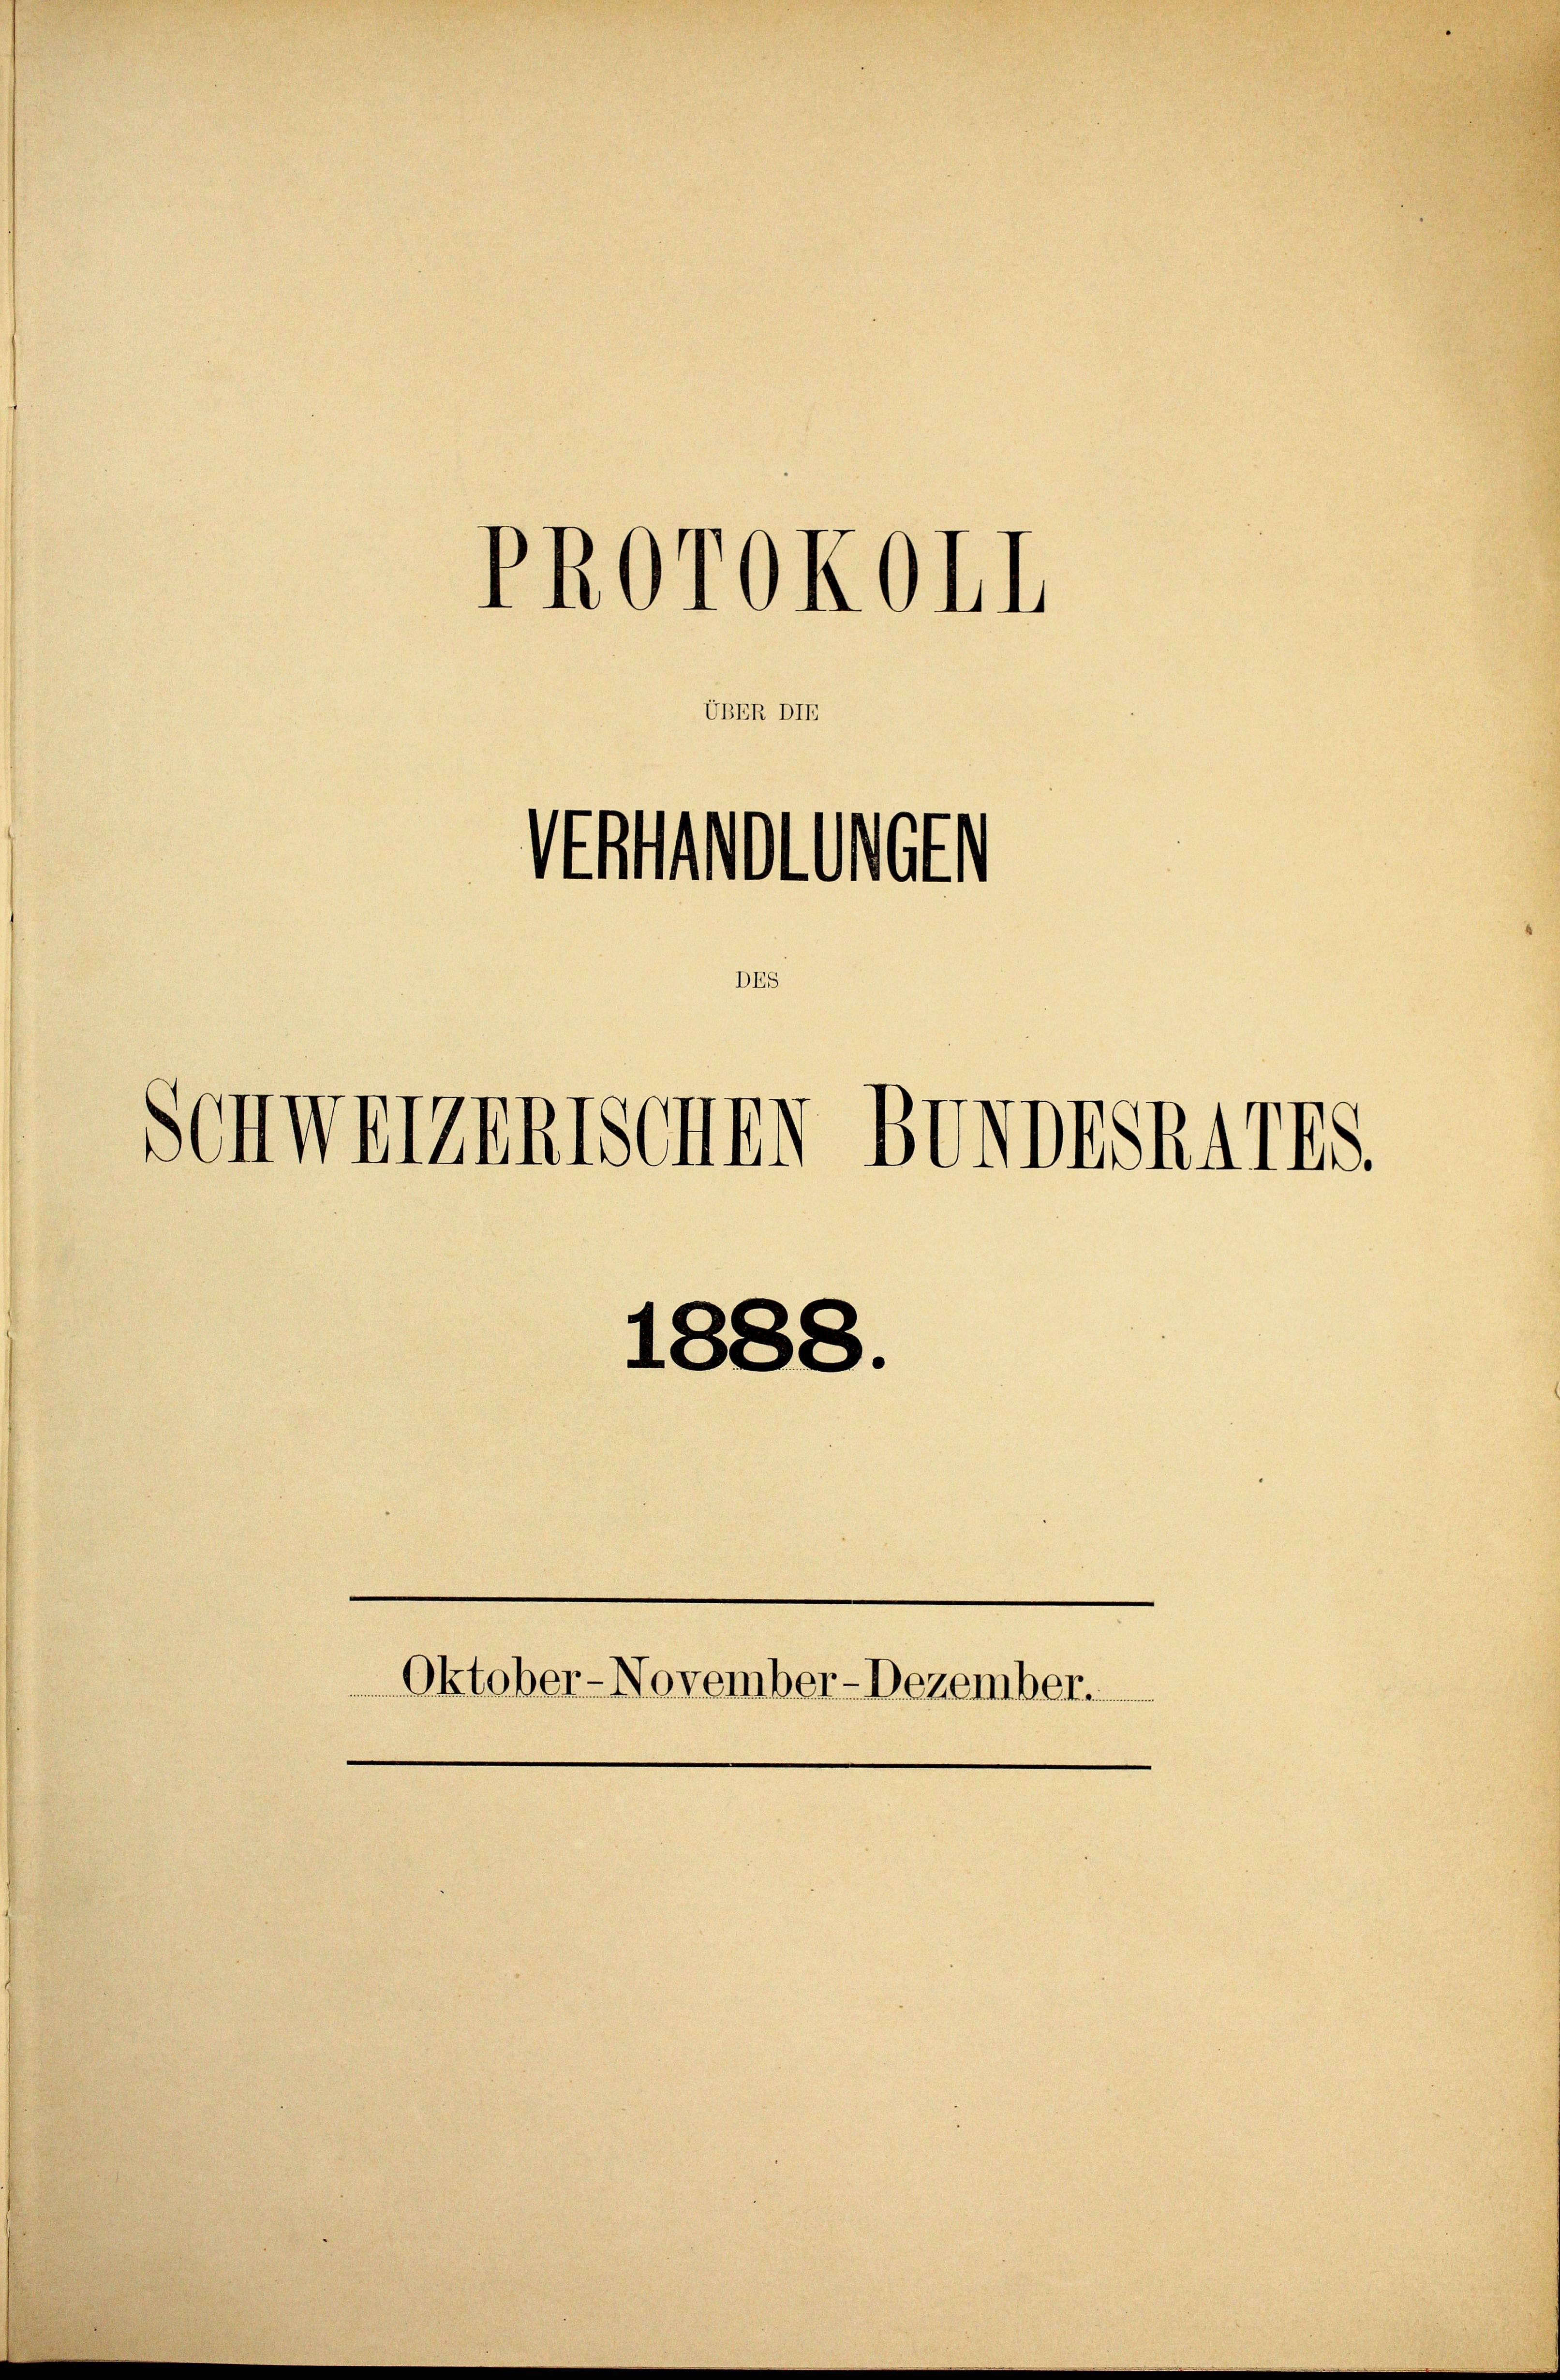
PROTOKOLL

Stenordnet
Schweizenischer BevorsRMIES
1888.
Oktober-November-Dezember.

UBER DIE